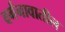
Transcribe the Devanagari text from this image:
वर्गनावातील